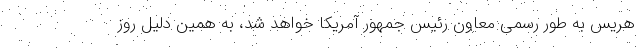
هریس به طور رسمی معاون رئیس جمهور آمریکا خواهد شد، به همین دلیل روز